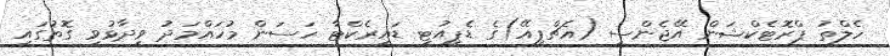
ހެލްތު ޕްރޮޓެކްޝަން އޭޖެންސީ (އެޗްޕީއޭ)ގެ ޑެޕިއުޓީ ޑައިރެކްޓާ ހަސަން މުހައްމަދު ވިދާޅުވި ގޮތުގައި